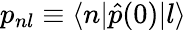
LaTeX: p_{nl}\equiv\langle n|\hat{p}(0)|l\rangle